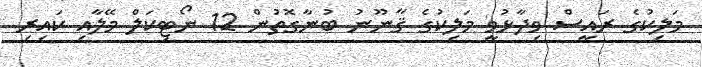
މަލިކުގެ ރައީސް ވިދާޅުވީ މަލިކުގެ ޤާނޫނު ބުނާގޮތުން 12 ނޯޓިކަލް މޭލާއި ކައިރި